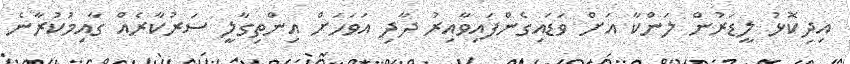
އިދިކޮޅު ލީޑަރުން ލަންކާ އަށް ވަޑައިގެންފައިވާއިރު ދާދި އަވަހަށް އިންތިގާލީ ސަރުކާރެއް ގާއިމުކުރާނެ